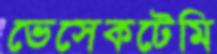
ভেসেকটেমি